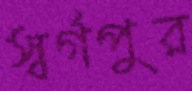
স্বর্গপুর